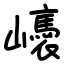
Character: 㠡